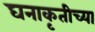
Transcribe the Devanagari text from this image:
घनाकृतीच्या